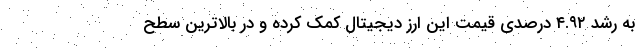
به رشد ۴.۹۲ درصدی قیمت این ارز دیجیتال کمک کرده و در بالاترین سطح